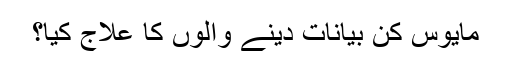
مایوس کن بیانات دینے والوں کا علاج کیا؟